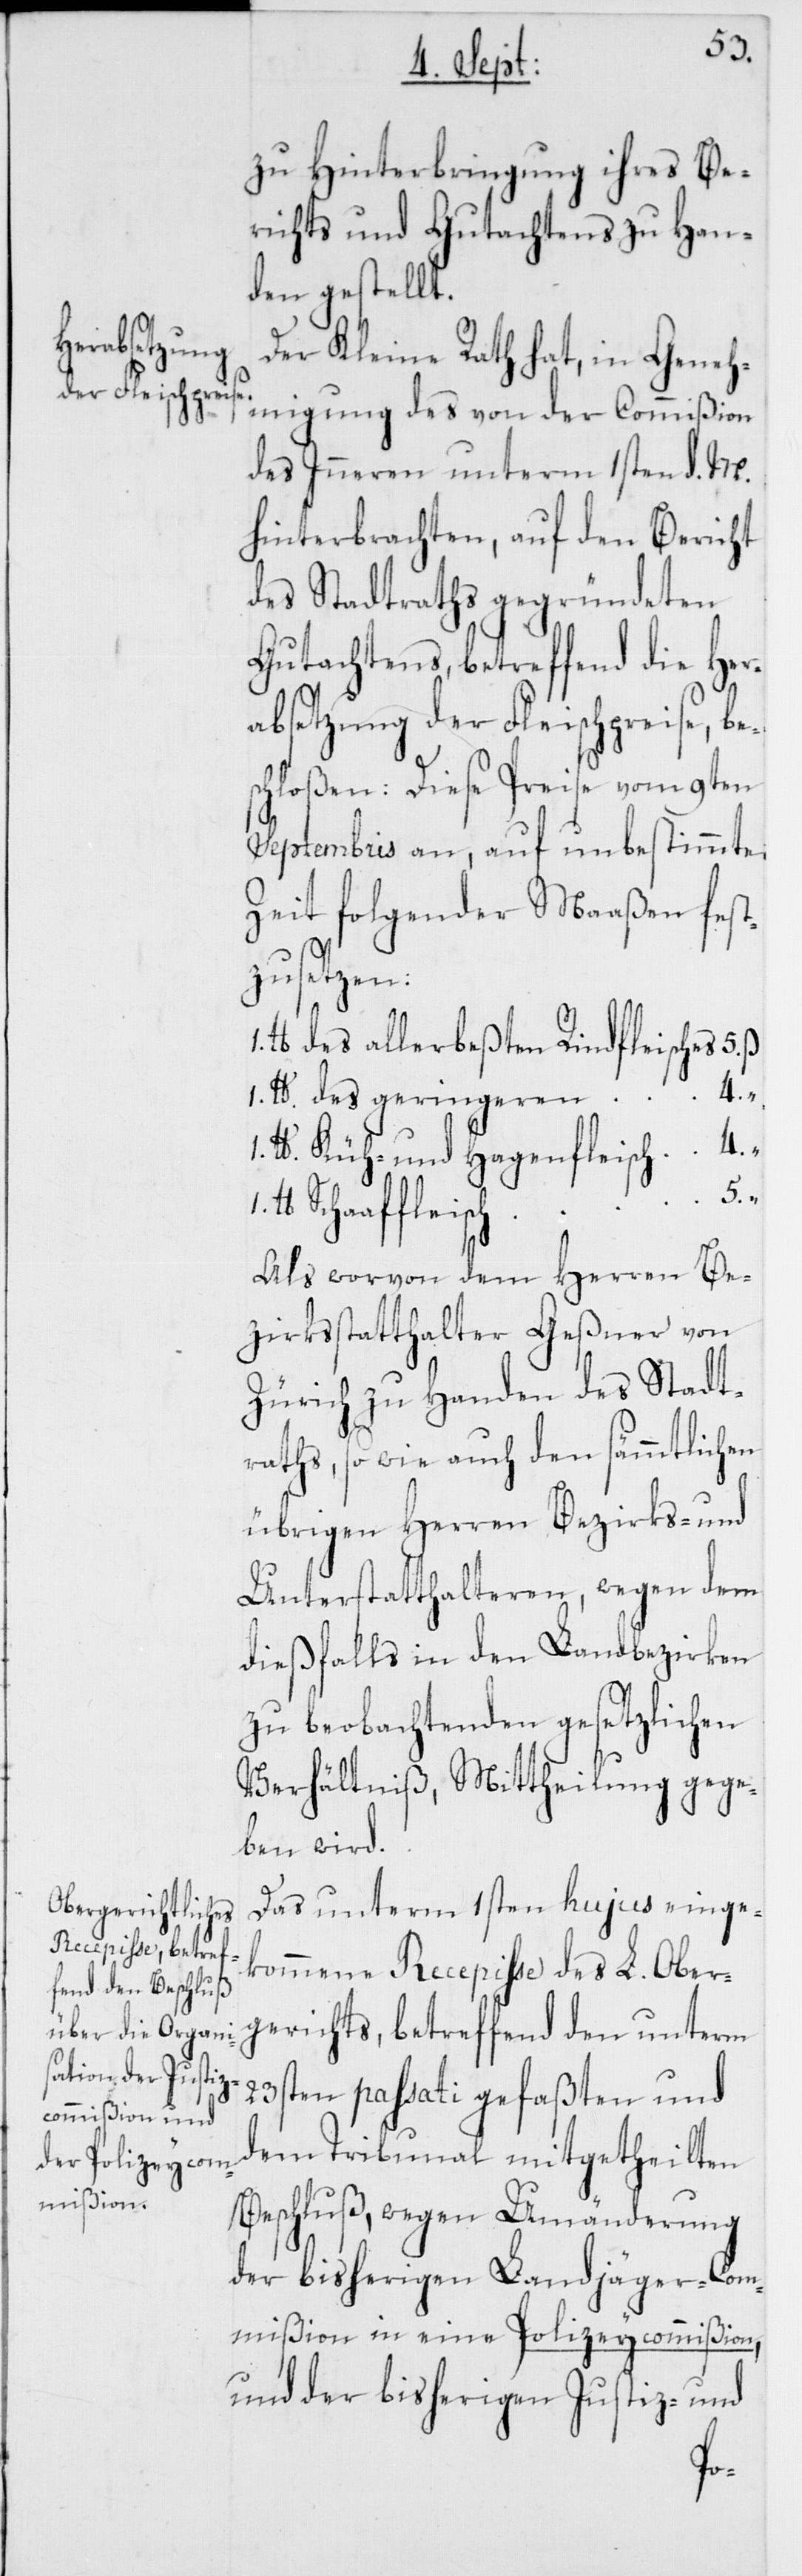
zu Hinterbringung ihres Be¬
richts und Gutachtens zu Han¬
den gestellt.
Der Kleine Rath hat, in Geneh¬
migung des von der Commißion
des Inneren unterm 1sten d. M.
hinterbrachten, auf den Bericht
des Stadtraths gegründeten
Gutachtens, betreffend die Her¬
absetzung der Fleischpreise, b¬
chloßen: Diese Preise vom 9ten
Septembris an, auf unbestimmte
Zeit folgender Maaßen fest¬
zusetzen:
lb des allerbeßten Rindfleisches 5.
1. lb. des geringeren	4.
1. lb. Küh- und Hagenfleisch 	4. “
1.
Schaaffleisch
Als worvon dem Herren Be¬
zirksstatthalter Geßner von
Zürich zu Handen des Stadt¬
raths, sowie auch den sämmtlichen
übrigen Herren Bezirks- und
Unterstatthalteren, wegen dem
dießfalls in den Landbezirken
zu beobachtenden gesetzlichen
Verhältniß, Mittheilung gege¬
ben wird.
Das unterm 1sten hujus einge¬
kommene Recepiße des L. Ober¬
gerichts, betreffend den unterm
23sten passati gefaßten und
dem Tribunal mitgetheilten
Beschluß, wegen Umänderung
der bisherigen Landjäger-Com¬
mißion in eine Polizeycommißion,
und der bisherigen Justiz- und
es¬